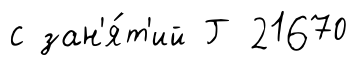
с зан'я́т'ий Г 21670